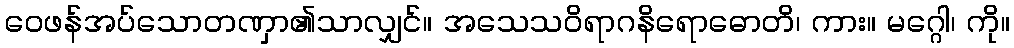
ဝေဖန်အပ်သောတဏှာ၏သာလျှင်။ အသေသဝိရာဂနိရောဓောတိ၊ ကား။ မဂ္ဂေါ၊ ကို။